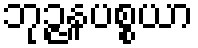
ဘုဉ္ဇနပစ္စယာ